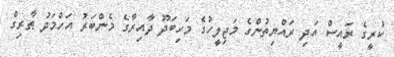
ކުރީގެ ރައީސް އަދި ރައްޔިތުންގެ މަޖިލީހުގެ މަހިބަދޫ ދާއިރާގެ މެންބަރު އަހްމަދު ޠާރިގް